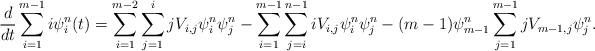
LaTeX: \begin{align*}\frac{d}{dt}\sum_{i=1}^{m-1} i\psi^{n}_i(t)=\sum_{i=1}^{m-2}\sum_{j=1}^{i} jV_{i,j}\psi^{n}_{i}\psi^{n}_{j}-\sum_{i=1}^{m-1}\sum_{j=i}^{n-1}iV_{i,j}\psi^{n}_i \psi^{n}_j-(m-1)\psi^{n}_{m-1}\sum_{j=1}^{m-1}jV_{m-1,j}\psi^{n}_j.\end{align*}